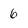
Character: 6